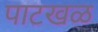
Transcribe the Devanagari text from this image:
पाटखळ